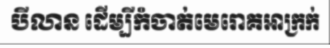
បីលាន ដើម្បីកំចាត់មេរោគអាក្រក់